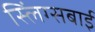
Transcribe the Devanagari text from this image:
स्लिंग्सबाई